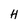
Character: H